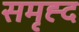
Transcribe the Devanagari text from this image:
समृह्द